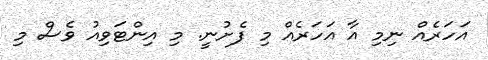
އަހަރެއް ނިމި އާ އަހަރެއް މި ފެށުނީ. މި އިންޓަވިއު ވެސް މި